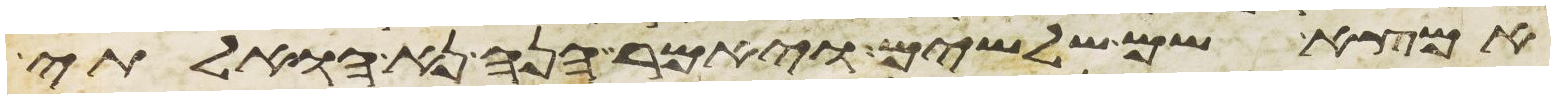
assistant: אמצא שם שלשים ויאמר הנה נא הואלתי